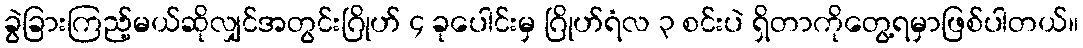
ခွဲခြားကြည့်မယ်ဆိုလျှင်အတွင်းဂြိုဟ် ၄ ခုပေါင်းမှ ဂြိုဟ်ရံလ ၃ စင်းပဲ ရှိတာကိုတွေ့ရမှာဖြစ်ပါတယ်။